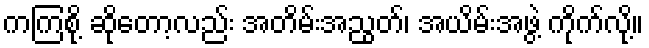
ကကြစို့ ဆိုတော့လည်း အတိမ်းအညွတ်၊ အယိမ်းအဖွဲ့ ကိုက်လို့။